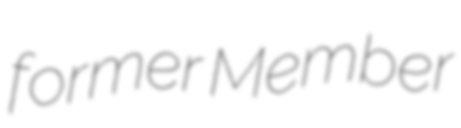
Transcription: former Member